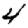
Digit: 4